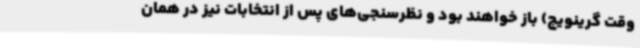
وقت گرینویچ) باز خواهند بود و نظرسنجی‌های پس از انتخابات نیز در همان